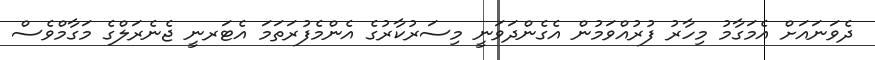
ދެވަނައަށް އެމަގާމު މިހާރު ފުރުއްވަމުން އެގެންދަވަނީ މިސަރުކާރުގެ އެންމެފުރަތަމަ އެޓަރނީ ޖެނެރަލްގެ މަގާމްވެސް